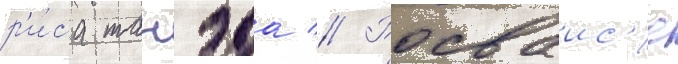
р'и́са танэда // Росваис'е